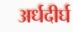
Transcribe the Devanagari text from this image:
अर्धदीर्घ